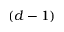
( d - 1 )